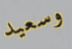
وسعيد